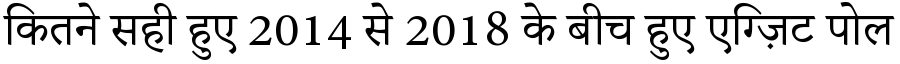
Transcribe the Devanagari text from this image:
कितने सही हुए 2014 से 2018 के बीच हुए एग्ज़िट पोल